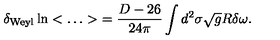
\delta _ { \mathrm { W e y l } } \ln < \ldots > \ = \frac { D - 2 6 } { 2 4 \pi } \int d ^ { 2 } \sigma \sqrt { g } R \delta \omega .